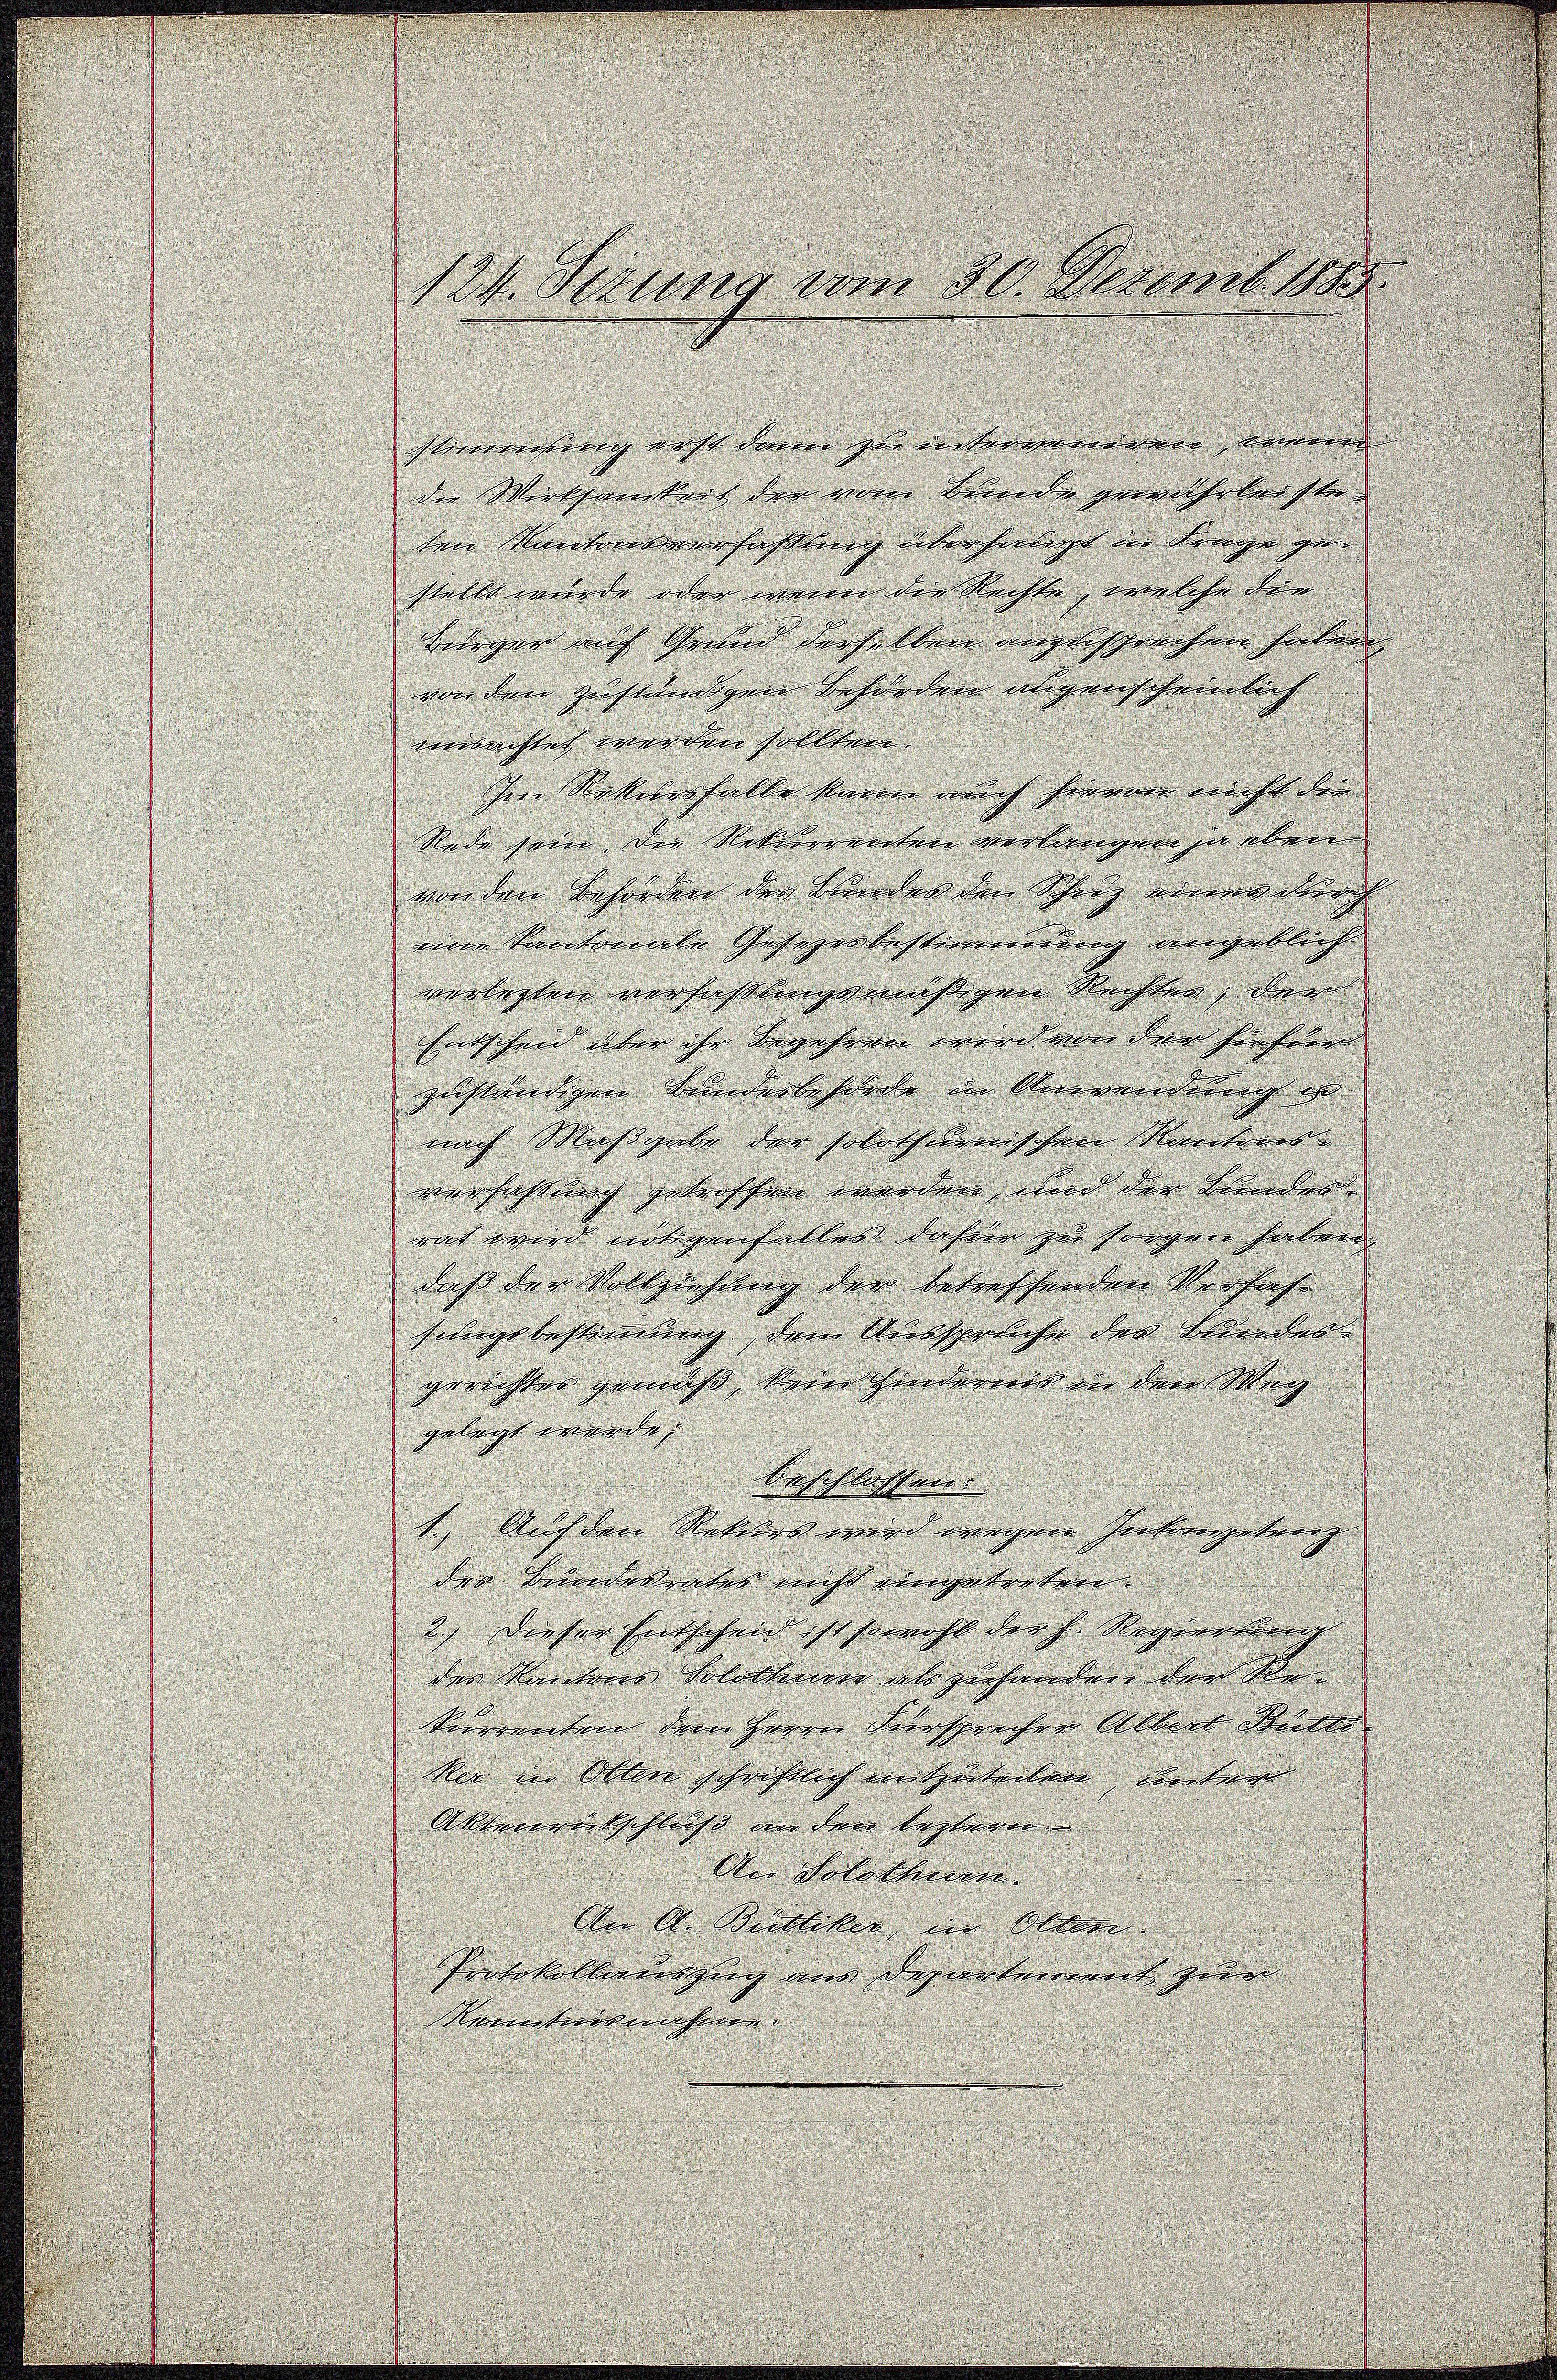
stimmfing erst dann zu intereniren, meine
die Wirksamkeit der vom Bunde gewährleiste
ten Kantonsverfaßung überhaupt in Frage gestellt wurde oder wenn die Rechte, welche die
Bürger auf Grund derselben anzusprechen haben,
von den zuständigen Behörden abgenscheinlich
mutachtet werden sollten.
In Rekursfalle kann auch hievon nicht die
Rede sein die Rekurrenten verlangen ja eben
von den Behörden der Bundes den Schutz einen durch
eine Kantonale Gesetzesbestimmung angeblich
verlegten verfaßlingsmäßigen Rechten, der
Entscheid über ihr begehren wird von der hiesin
zuständigen Bunderbehörde in Unwendung in
nach Maßgabe der solothurnischen Mantens
verfaßung getroffen werden, und der Bundes-
rat wird nötigenfalles dafür zu sorgen haben
daß der Vollziehung der betreffenden Verfahsungsbestimmung, den Ausspruche des Kindesgerichtes gemäß, kein Hinderen in den Mag
gelegt werde,
beschlossen.
1.) Auf den Rekurs wird wegen Inkompetenz
der Bundesrates nicht eingetreten.
2.) Dieser Entscheid ist sowohl der h. Regierung
der Kantons Solothurn als zuhanden der S.
kurrenten dem Herrn Fürsprechen Albert Butte
ker in Olten schriftlich mitzuteilen, unter
Aktenrückschluß an den leztern
An Solothur.
An A. Bulliker in Olten.
Protokollauszug aus Departement zur
Kenntnisnahme.

124. Sizung vom 30. Dezemb. 1885.